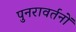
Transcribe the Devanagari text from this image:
पुनरावर्तनों